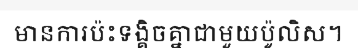
មានការប៉ះទង្គិចគ្នាជាមួយប៉ូលិស។